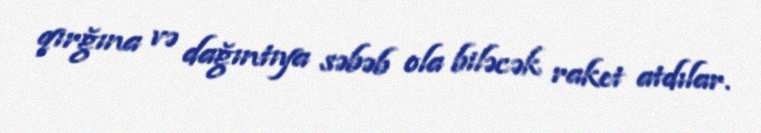
qırğına və dağıntıya səbəb ola biləcək raket atdılar.